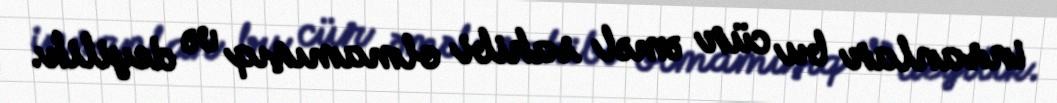
insanlar bu cür əməl sahibi olmamışıq və deyilik.